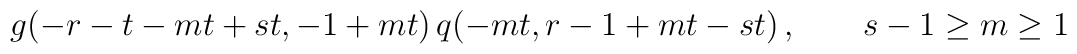
g(-r - t - m t + s t, -1 + m t)\,    q(-m t, r - 1 + m t - s t)\,,\qquad    s-1\geq m\geq1